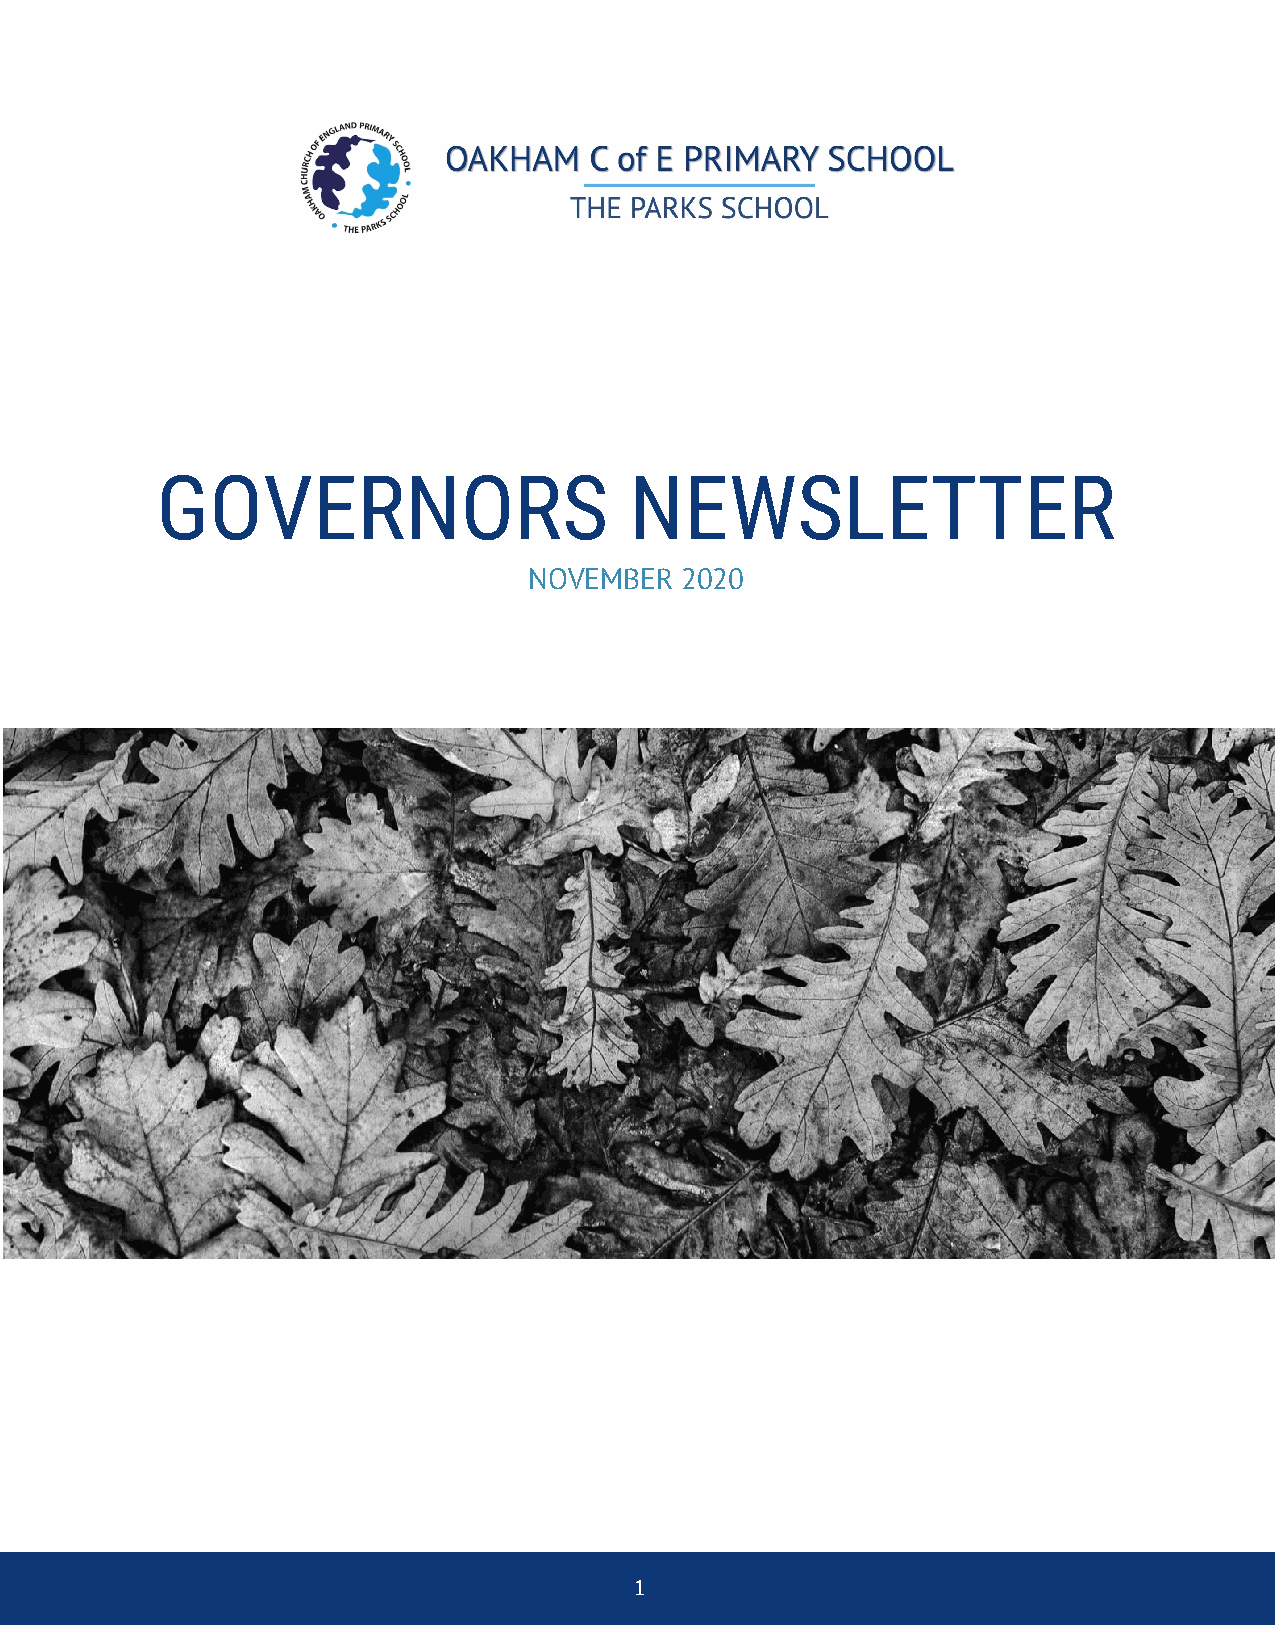
GOVERNORS                       NEWSLETTER
 NOVEMBER  2020
 1